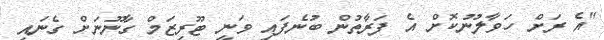
"އެ ރަށް ހަވާލުނުކޮށް އެ ފަރާތުން ބުނެފައި ވަނީ ޓޫރިޒަމް ގާނޫނަށް ގެނައި